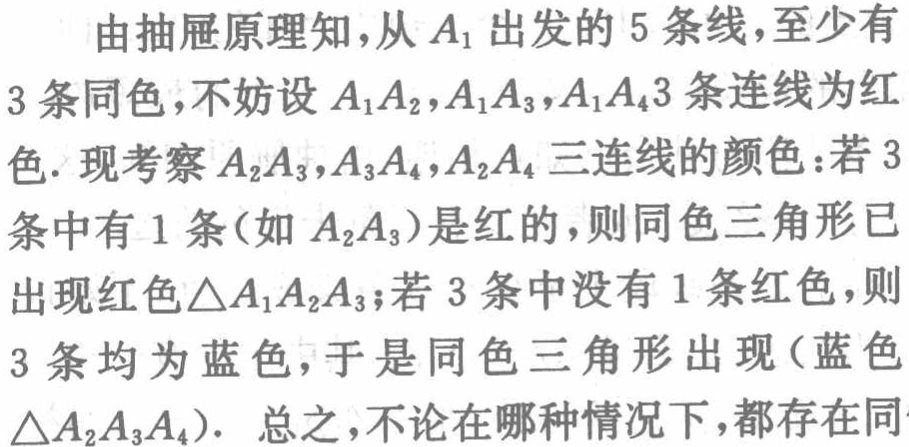
由抽屉原理知，从\(A_1\)出发的\(5\)条线，至少有\(3\)条同色，不妨设\(A_1A_2,A_1A_3,A_1A_4\) \(3\)条连线为红色. 现考察\(A_2A_3,A_3A_4,A_2A_4\)三连线的颜色：若\(3\)条中有\(1\)条（如\(A_2A_3\)）是红的，则同色三角形已出现红色\(\triangle A_1A_2A_3\)；若\(3\)条中没有\(1\)条红色，则\(3\)条均为蓝色，于是同色三角形出现（蓝色\(\triangle A_2A_3A_4\)）.  总之，不论在哪种情况下，都存在同